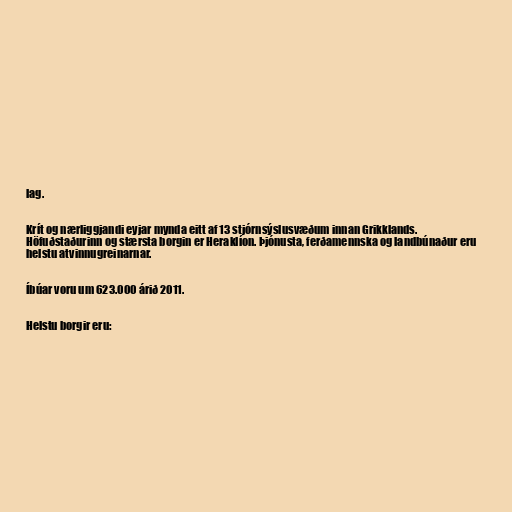
lag.

Krít og nærliggjandi eyjar mynda eitt af 13 stjórnsýslusvæðum innan Grikklands.
Höfuðstaðurinn og stærsta borgin er Heraklíon. Þjónusta, ferðamennska og landbúnaður eru
helstu atvinnugreinarnar.

Íbúar voru um 623.000 árið 2011.

Helstu borgir eru: